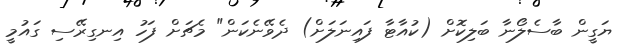
ޔަގީން ބާސެލޯނާ ބަލިކޮށް (ކުއާޓާ ފައިނަލަށް) ދެވޭނެކަން" މެޗަށް ފަހު އިނގިރޭސި ގައުމީ